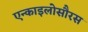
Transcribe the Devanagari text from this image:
एन्काइलोसौरस